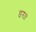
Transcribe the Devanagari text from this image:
डरा।